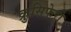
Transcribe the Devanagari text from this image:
क्रुसिफेरी